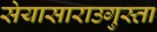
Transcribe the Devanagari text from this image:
सेयासाराउगुस्ता